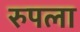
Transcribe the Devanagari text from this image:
रुपला